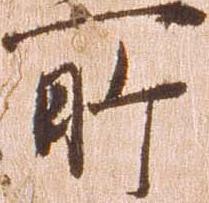
所